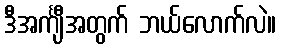
ဒီအင်္ကျီအတွက် ဘယ်လောက်လဲ။